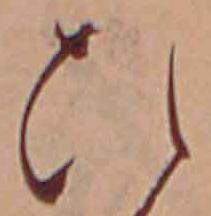
ひ